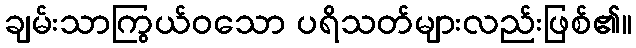
ချမ်းသာကြွယ်ဝသော ပရိသတ်များလည်းဖြစ်၏။